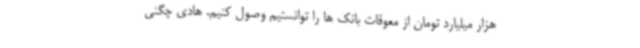
هزار میلیارد تومان از معوقات بانک ها را توانستیم وصول کنیم. هادی چگنی